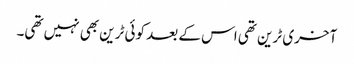
آخری ٹرین تھی اس کے بعد کوئی ٹرین بھی نہیں تھی۔